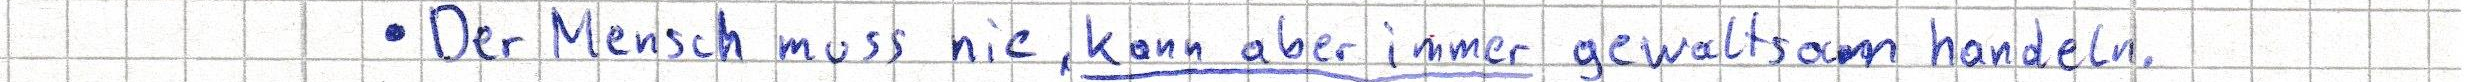
- Der Mensch muss nie, kann aber immer gewaltsam handeln.